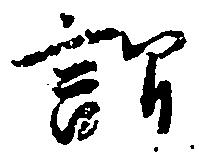
謂